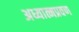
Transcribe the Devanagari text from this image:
अध्यात्मप्रवण